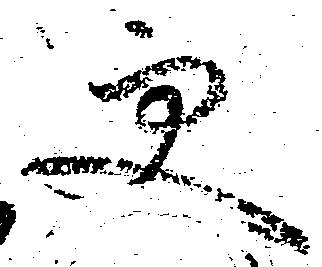
更